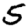
Digit: 5